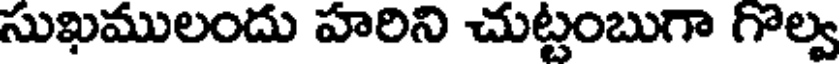
సుఖములందు హరిని చుట్టంబుగా గొల్వ